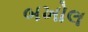
બખોલ